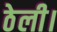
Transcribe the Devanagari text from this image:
ठेली।